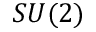
S U ( 2 )